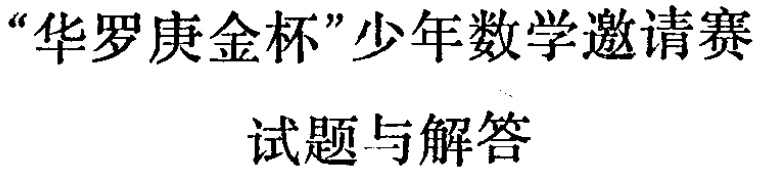
“华罗庚金杯”少年数学邀请赛

试题与解答